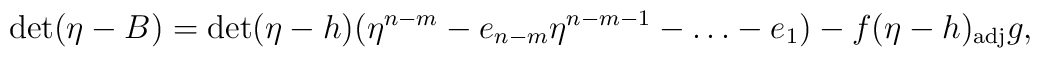
\det (\eta -B)=\det(\eta-h)(\eta^{n-m}-e_{n-m}\eta^{n-m-1}-\ldots -e_1) -f(\eta-h)_{\rm adj}g,